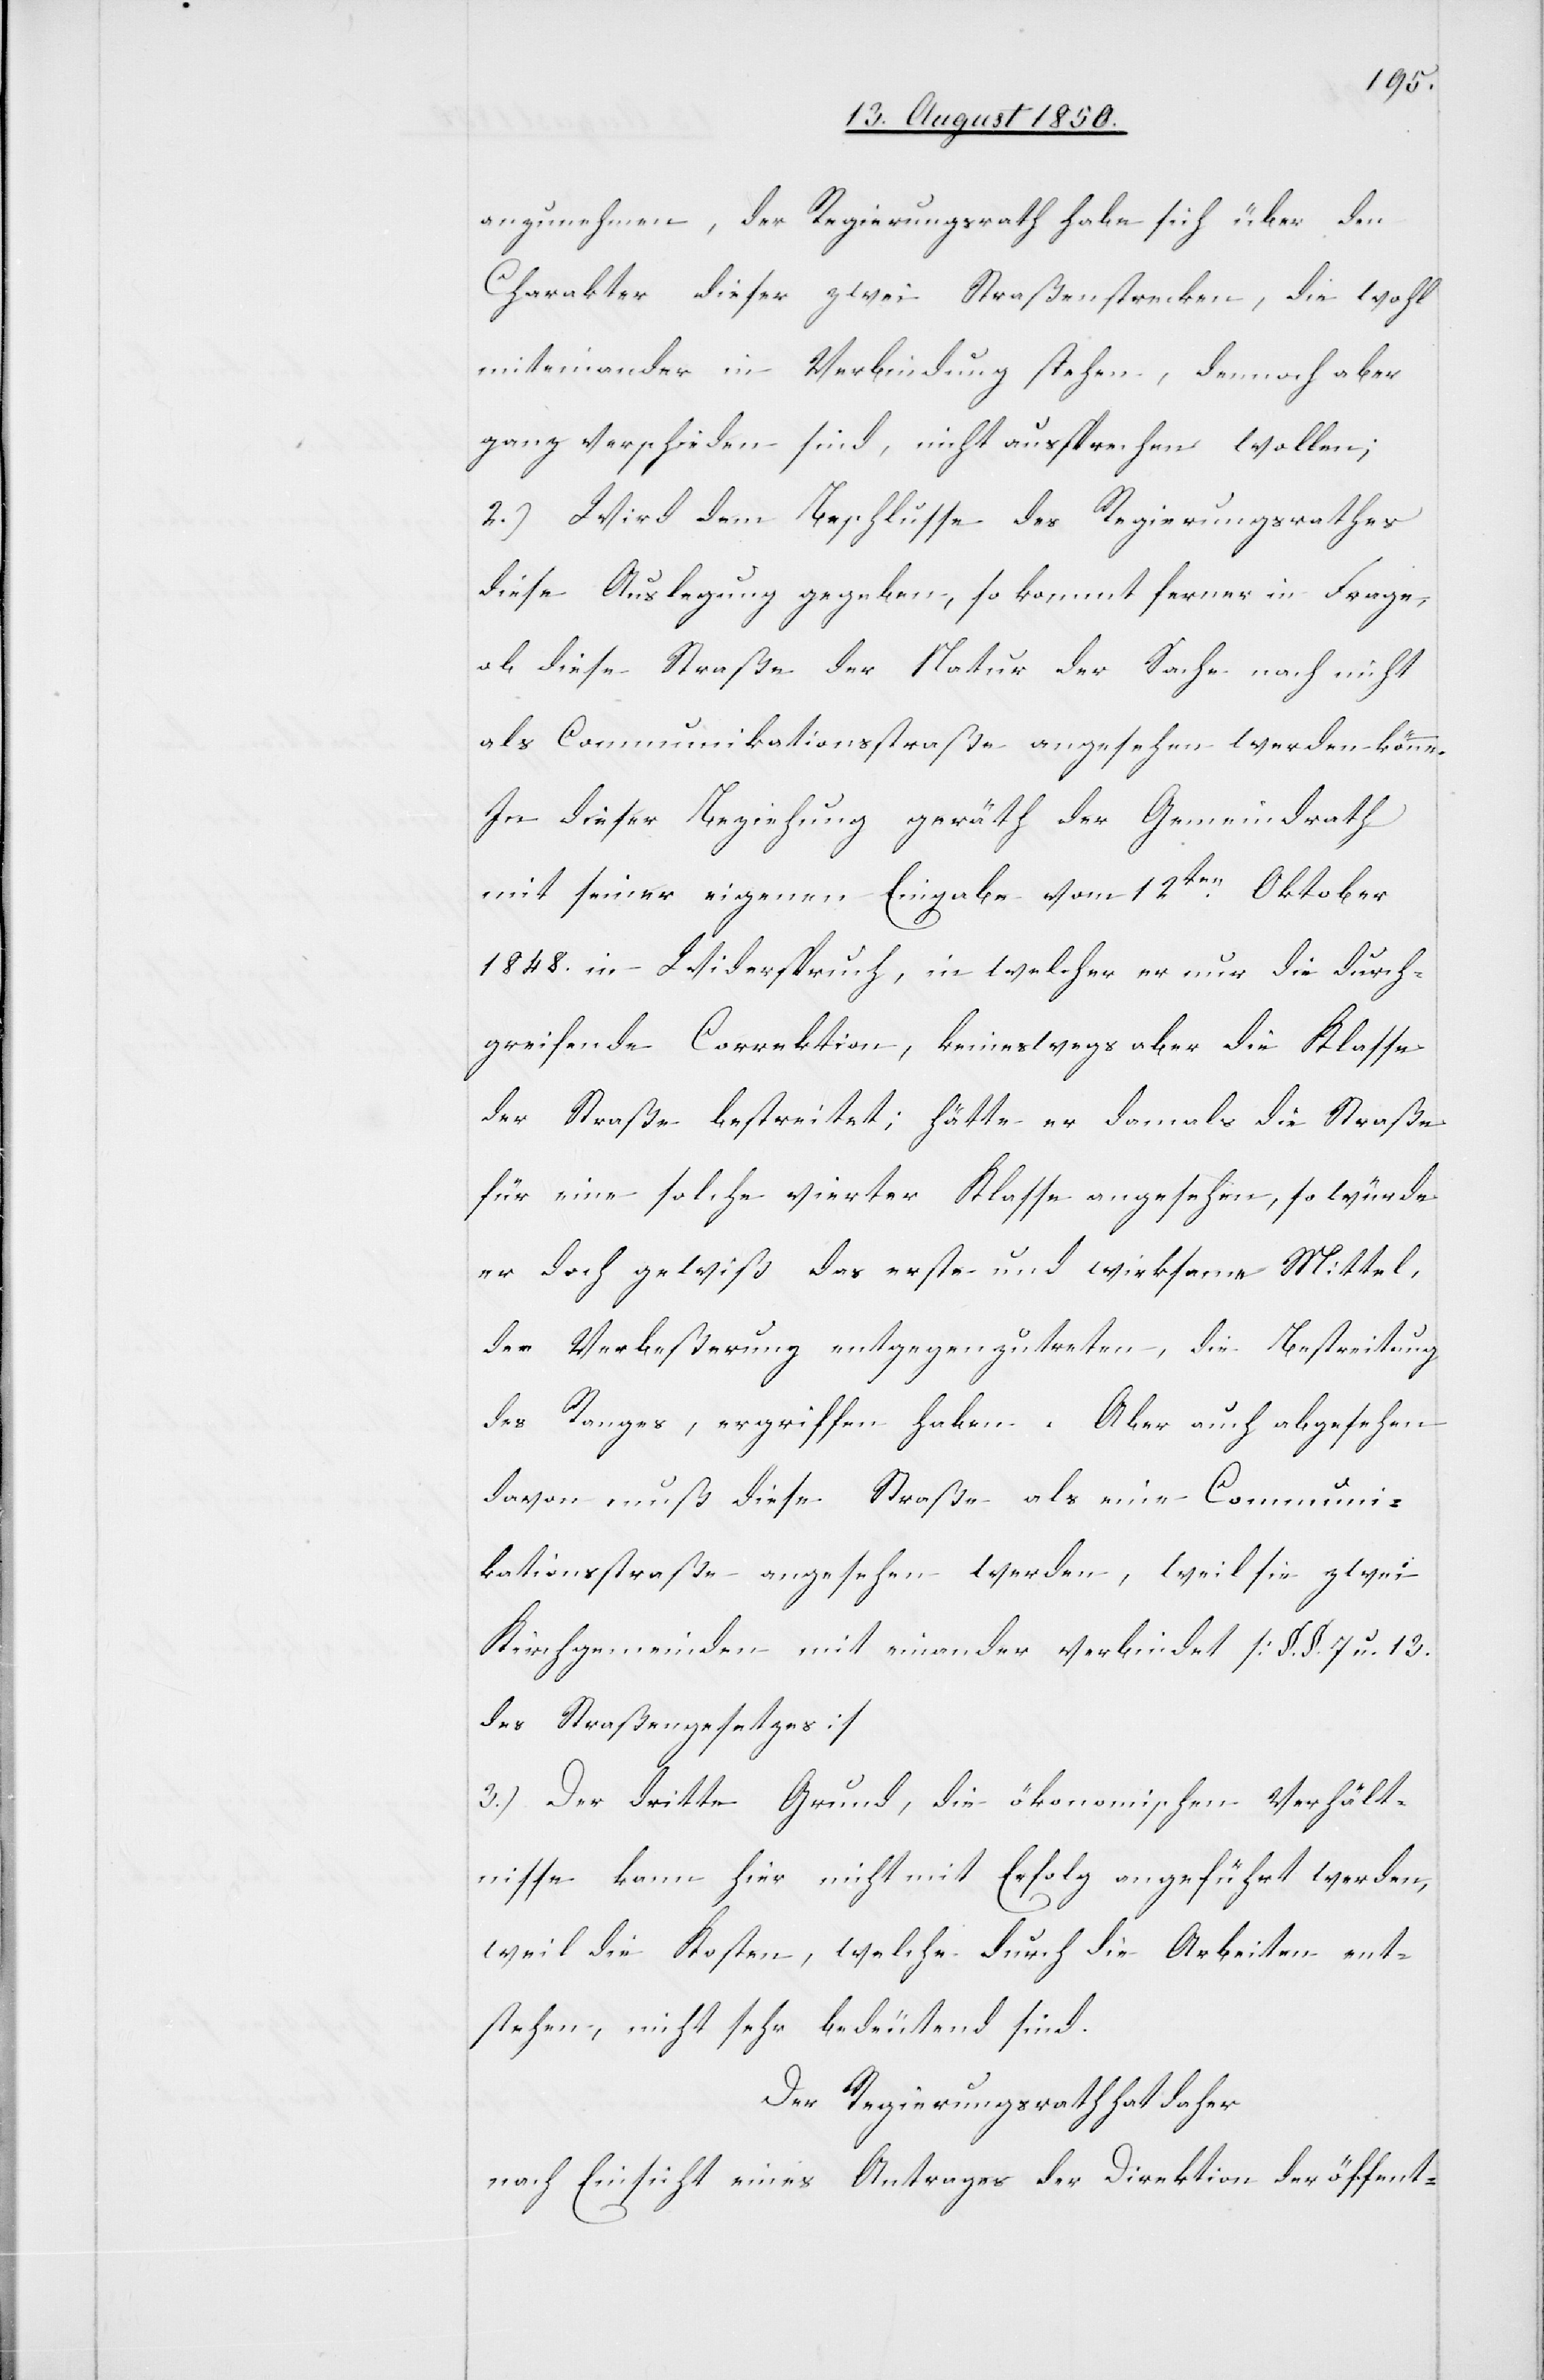
anzunehmen, der Regierungsrath habe sich über den
Charakter dieser zwei Straßenstrecken, die wohl
miteinander in Verbindung stehen, dennoch aber
ganz verschieden sind, nicht aussprechen wollen;
2.) Wird dem Beschlusse des Regierungsrathes
diese Auslegung gegeben, so kommt ferner in Frage,
ob diese Straße der Natur der Sache nach nicht
als Communikationsstraße angesehen werden könne.
In dieser Beziehung geräth der Gemeindrath
mit seiner eigenen Eingabe vom 12ten Oktober
1848. in Widerspruch, in welcher er nur die durch¬
greifende Correktion, keineswegs aber die Klasse
der Straße bestreitet; hätte er damals die Straße
für eine solche vierter Klasse angesehen, so würde
er doch gewiß das erste und wirksame Mittel,
der Verbeßerung entgegenzutreten, die Bestreitung
des Ranges, ergriffen haben. Aber auch abgesehen
davon muß diese Straße als eine Communi¬
kationsstraße angesehen werden, weil sie zwei
Kirchgemeinden mit einander verbindet [§. §. 7 u. 13
des Straßengesetzes]
3.) Der dritte Grund, die ökonomischen Verhält¬
nisse kann hier nicht mit Erfolg angeführt werden,
weil die Kosten, welche durch die Arbeiten ent¬
stehen, nicht sehr bedeutend sind.
Der Regierungsrath hat daher
nach Einsicht eines Antrages der Direktion der öffent-